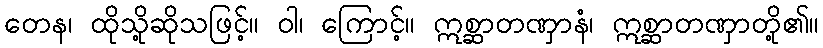
တေန၊ ထိုသို့ဆိုသဖြင့်။ ဝါ၊ ကြောင့်။ ဣစ္ဆာတဏှာနံ၊ ဣစ္ဆာတဏှာတို့၏။